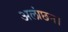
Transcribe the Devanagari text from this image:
अलांछन।